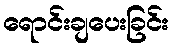
ရောင်းချပေးခြင်း